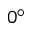
0 ^ { \circ }